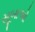
સૂબાઓ